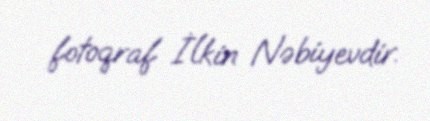
fotoqraf İlkin Nəbiyevdir.